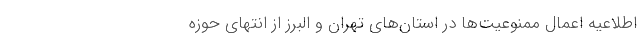
اطلاعیه اعمال ممنوعیت‌ها در استان‌های تهران و البرز از انتهای حوزه